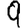
Digit: 9